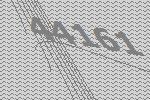
44161